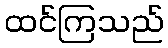
ထင်ကြသည်